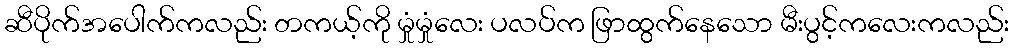
ဆီပိုက်အပေါက်ကလည်း တကယ့်ကို မှုံမှုံလေး ပလပ်က ဖြာထွက်နေသော မီးပွင့်ကလေးကလည်း